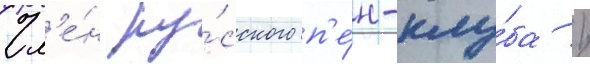
Чл'е́н ру́сского п'е́н-клу́ба /